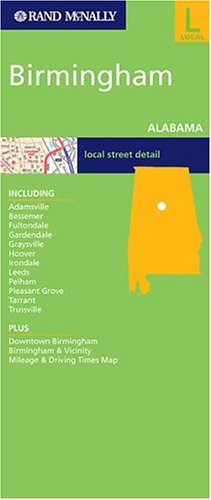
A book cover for Rand Mcnally Birmingham, Alabama: Local Street Detail (Rand McNally Folded Map: Cities); Rand McNally and Company; Travel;